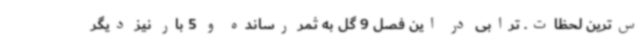
س‌ترین لحظات. ترابی در این فصل 9 گل به ثمر رسانده و 5 بار نیز دیگر